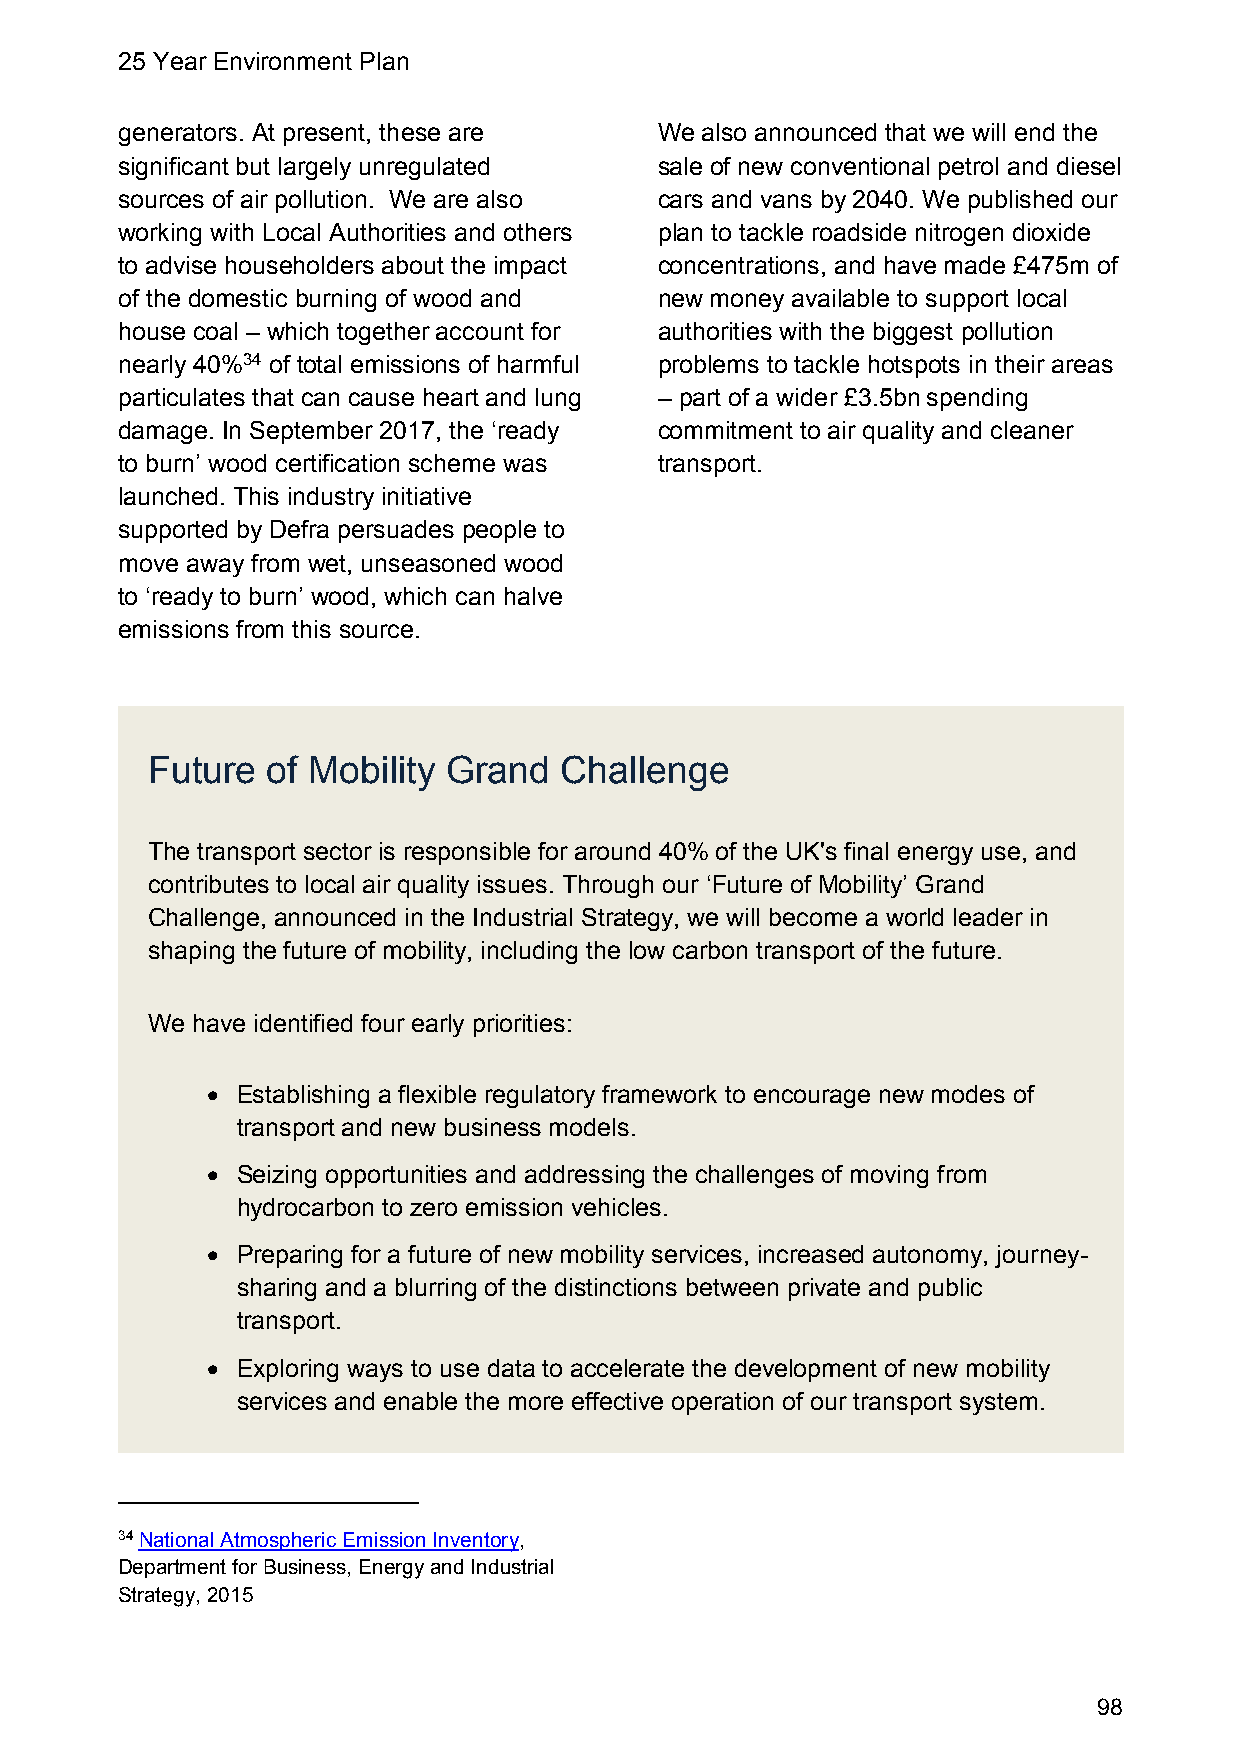
25 Year Environment Plan
 generators. At present, these are   We also announced that we will end the
 significant but largely unregulated sale of new conventional petrol and diesel
 sources of air pollution. We are also cars and vans by 2040. We published our
 working with Local Authorities and others plan to tackle roadside nitrogen dioxide
 to advise householders about the impact concentrations, and have made £475m of
 of the domestic burning of wood and new money available to support local
 house coal – which together account for authorities with the biggest pollution
 nearly 40%34 of total emissions of harmful problems to tackle hotspots in their areas
 particulates that can cause heart and lung – part of a wider £3.5bn spending
 damage. In September 2017, the ‘ready commitment to air quality and cleaner
 to burn’ wood certification scheme was transport.
 launched. This industry initiative
 supported by Defra persuades people to
 move away from wet, unseasoned wood
 to ‘ready to burn’ wood, which can halve
 emissions from this source.
 Future  of Mobility Grand  Challenge
 The transport sector is responsible for around 40% of the UK's final energy use, and
 contributes to local air quality issues. Through our ‘Future of Mobility’ Grand
 Challenge, announced in the Industrial Strategy, we will become a world leader in
 shaping the future of mobility, including the low carbon transport of the future.
 We have identified four early priorities:
  Establishing a flexible regulatory framework to encourage new modes of
 transport and new business models.
  Seizing opportunities and addressing the challenges of moving from
 hydrocarbon to zero emission vehicles.
  Preparing for a future of new mobility services, increased autonomy, journey-
 sharing and a blurring of the distinctions between private and public
 transport.
  Exploring ways to use data to accelerate the development of new mobility
 services and enable the more effective operation of our transport system.
 34 National Atmospheric Emission Inventory,
 Department for Business, Energy and Industrial
 Strategy, 2015
 98